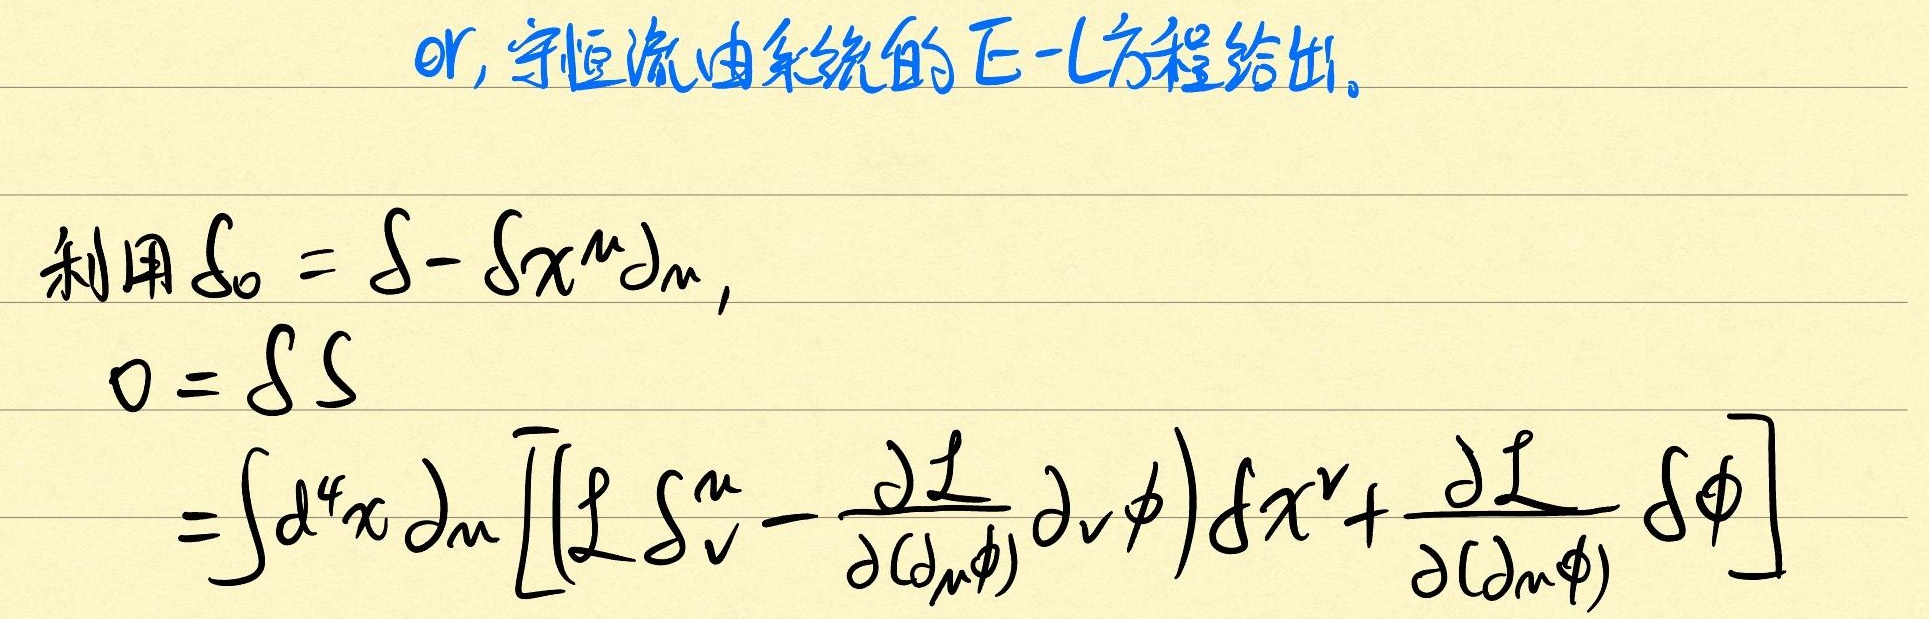
or, 守恒流由系统的E-L方程给出。
利用\(\xi_{0} = \delta-\delta x^{\mu}\partial_{\mu}\)，
\[
\begin{align*}
0&=\delta S\\
&=\int d^{4}x\partial_{\mu}\left[\left(\mathcal{L}\delta^{\mu}_{\nu}-\frac{\partial\mathcal{L}}{\partial(\partial_{\mu}\phi)}\partial_{\nu}\phi\right)\delta x^{\nu}+\frac{\partial\mathcal{L}}{\partial(\partial_{\mu}\phi)}\delta\phi\right]
\end{align*}
\]